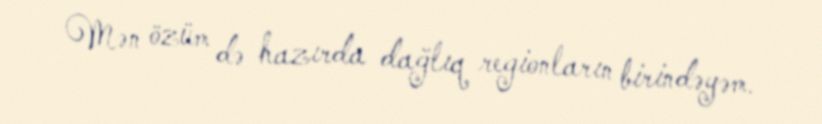
Mən özüm də hazırda dağlıq regionların birindəyəm.